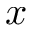
x